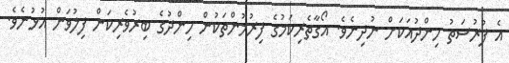
އެ ފުރުސަތު ހިންދުއަކަށް ނުދިނެވެ. އޯގާތެރިކަމުގެ ފިރުމުންތަކުން ހިންދުގެ ބިރުވެރިކަން ފިލުވަން އުޅުނެވެ.